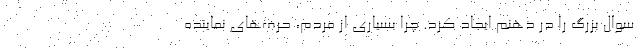
سوال بزرگ را در ذهنم ایجاد کرد. چرا بسیاری از مردم، حرف‌های نماینده